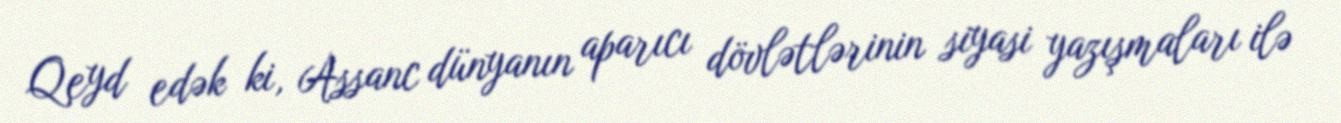
Qeyd edək ki, Assanc dünyanın aparıcı dövlətlərinin siyasi yazışmaları ilə